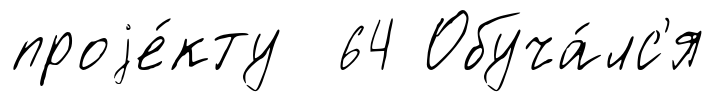
проjе́кту 64 Обуча́лс'я